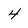
Character: 4